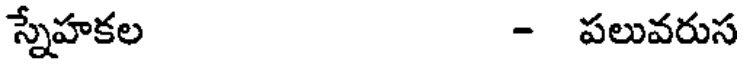
స్నేహకల - పలువరుస